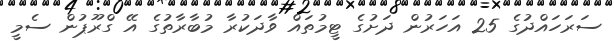
ސަރަހައްދުގެ 25 އަހަރުން ދަށުގެ ޓީމުތައް ވާދަކުރާ މުބާރާތުގެ އޭ ގްރޫޕުން ސެމީ